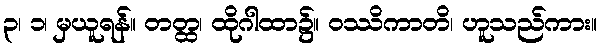
၃၊ ၁၊ မှယူရန်။ တတ္ထ၊ ထိုဂါထာ၌။ ဝဿိကာတိ၊ ဟူသည်ကား။